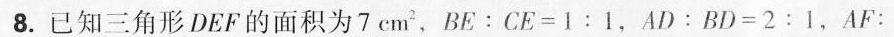
8.已知三角形DEF的面积为7cm^{2}，$$B E ： C E = 1 : 1$$，$$A D ： B D = 2 : 1$$，$$A F ：